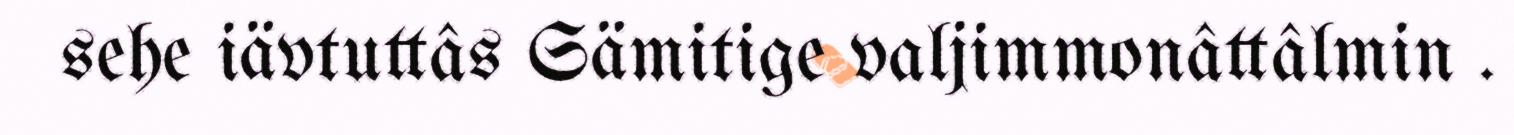
sehe iävtuttâs Sämitige valjimmonâttâlmin .